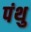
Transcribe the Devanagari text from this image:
पंथु